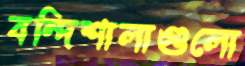
বন্দিশালাগুলো